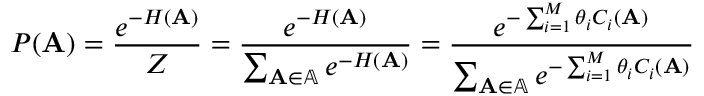
P ( \mathbf { A } ) = \frac { e ^ { - H ( \mathbf { A } ) } } { Z } = \frac { e ^ { - H ( \mathbf { A } ) } } { \sum _ { \mathbf { A } \in \mathbb { A } } e ^ { - H ( \mathbf { A } ) } } = \frac { e ^ { - \sum _ { i = 1 } ^ { M } \theta _ { i } C _ { i } ( \mathbf { A } ) } } { \sum _ { \mathbf { A } \in \mathbb { A } } e ^ { - \sum _ { i = 1 } ^ { M } \theta _ { i } C _ { i } ( \mathbf { A } ) } }